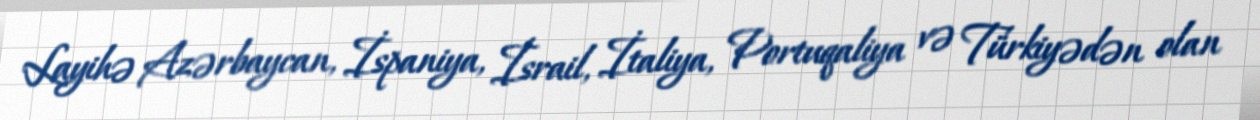
Layihə Azərbaycan, İspaniya, İsrail, İtaliya, Portuqaliya və Türkiyədən olan